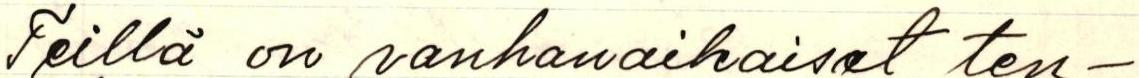
Teillä on vanhanaikaiset ten-